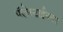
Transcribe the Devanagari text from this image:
पॅलेस्टाईनवर